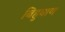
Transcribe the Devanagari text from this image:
बिहुवाण